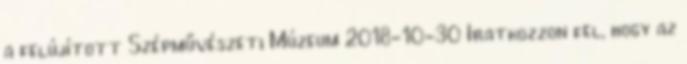
a felújított Szépművészeti Múzeum 2018-10-30 Iratkozzon fel, hogy az